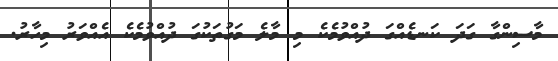
މާސިންގާ ގަދަ ކަނޑެއްގަ ދުއްވުމެކެ މި މާލެ މަގުތަކުގަ ދުއްވުމެކެ އެއްވަރު މިހާރު.